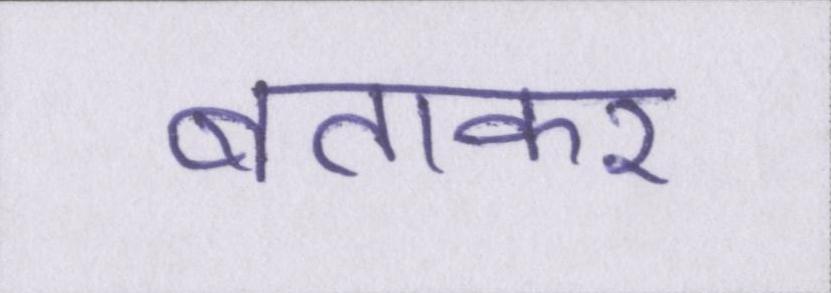
बताकर